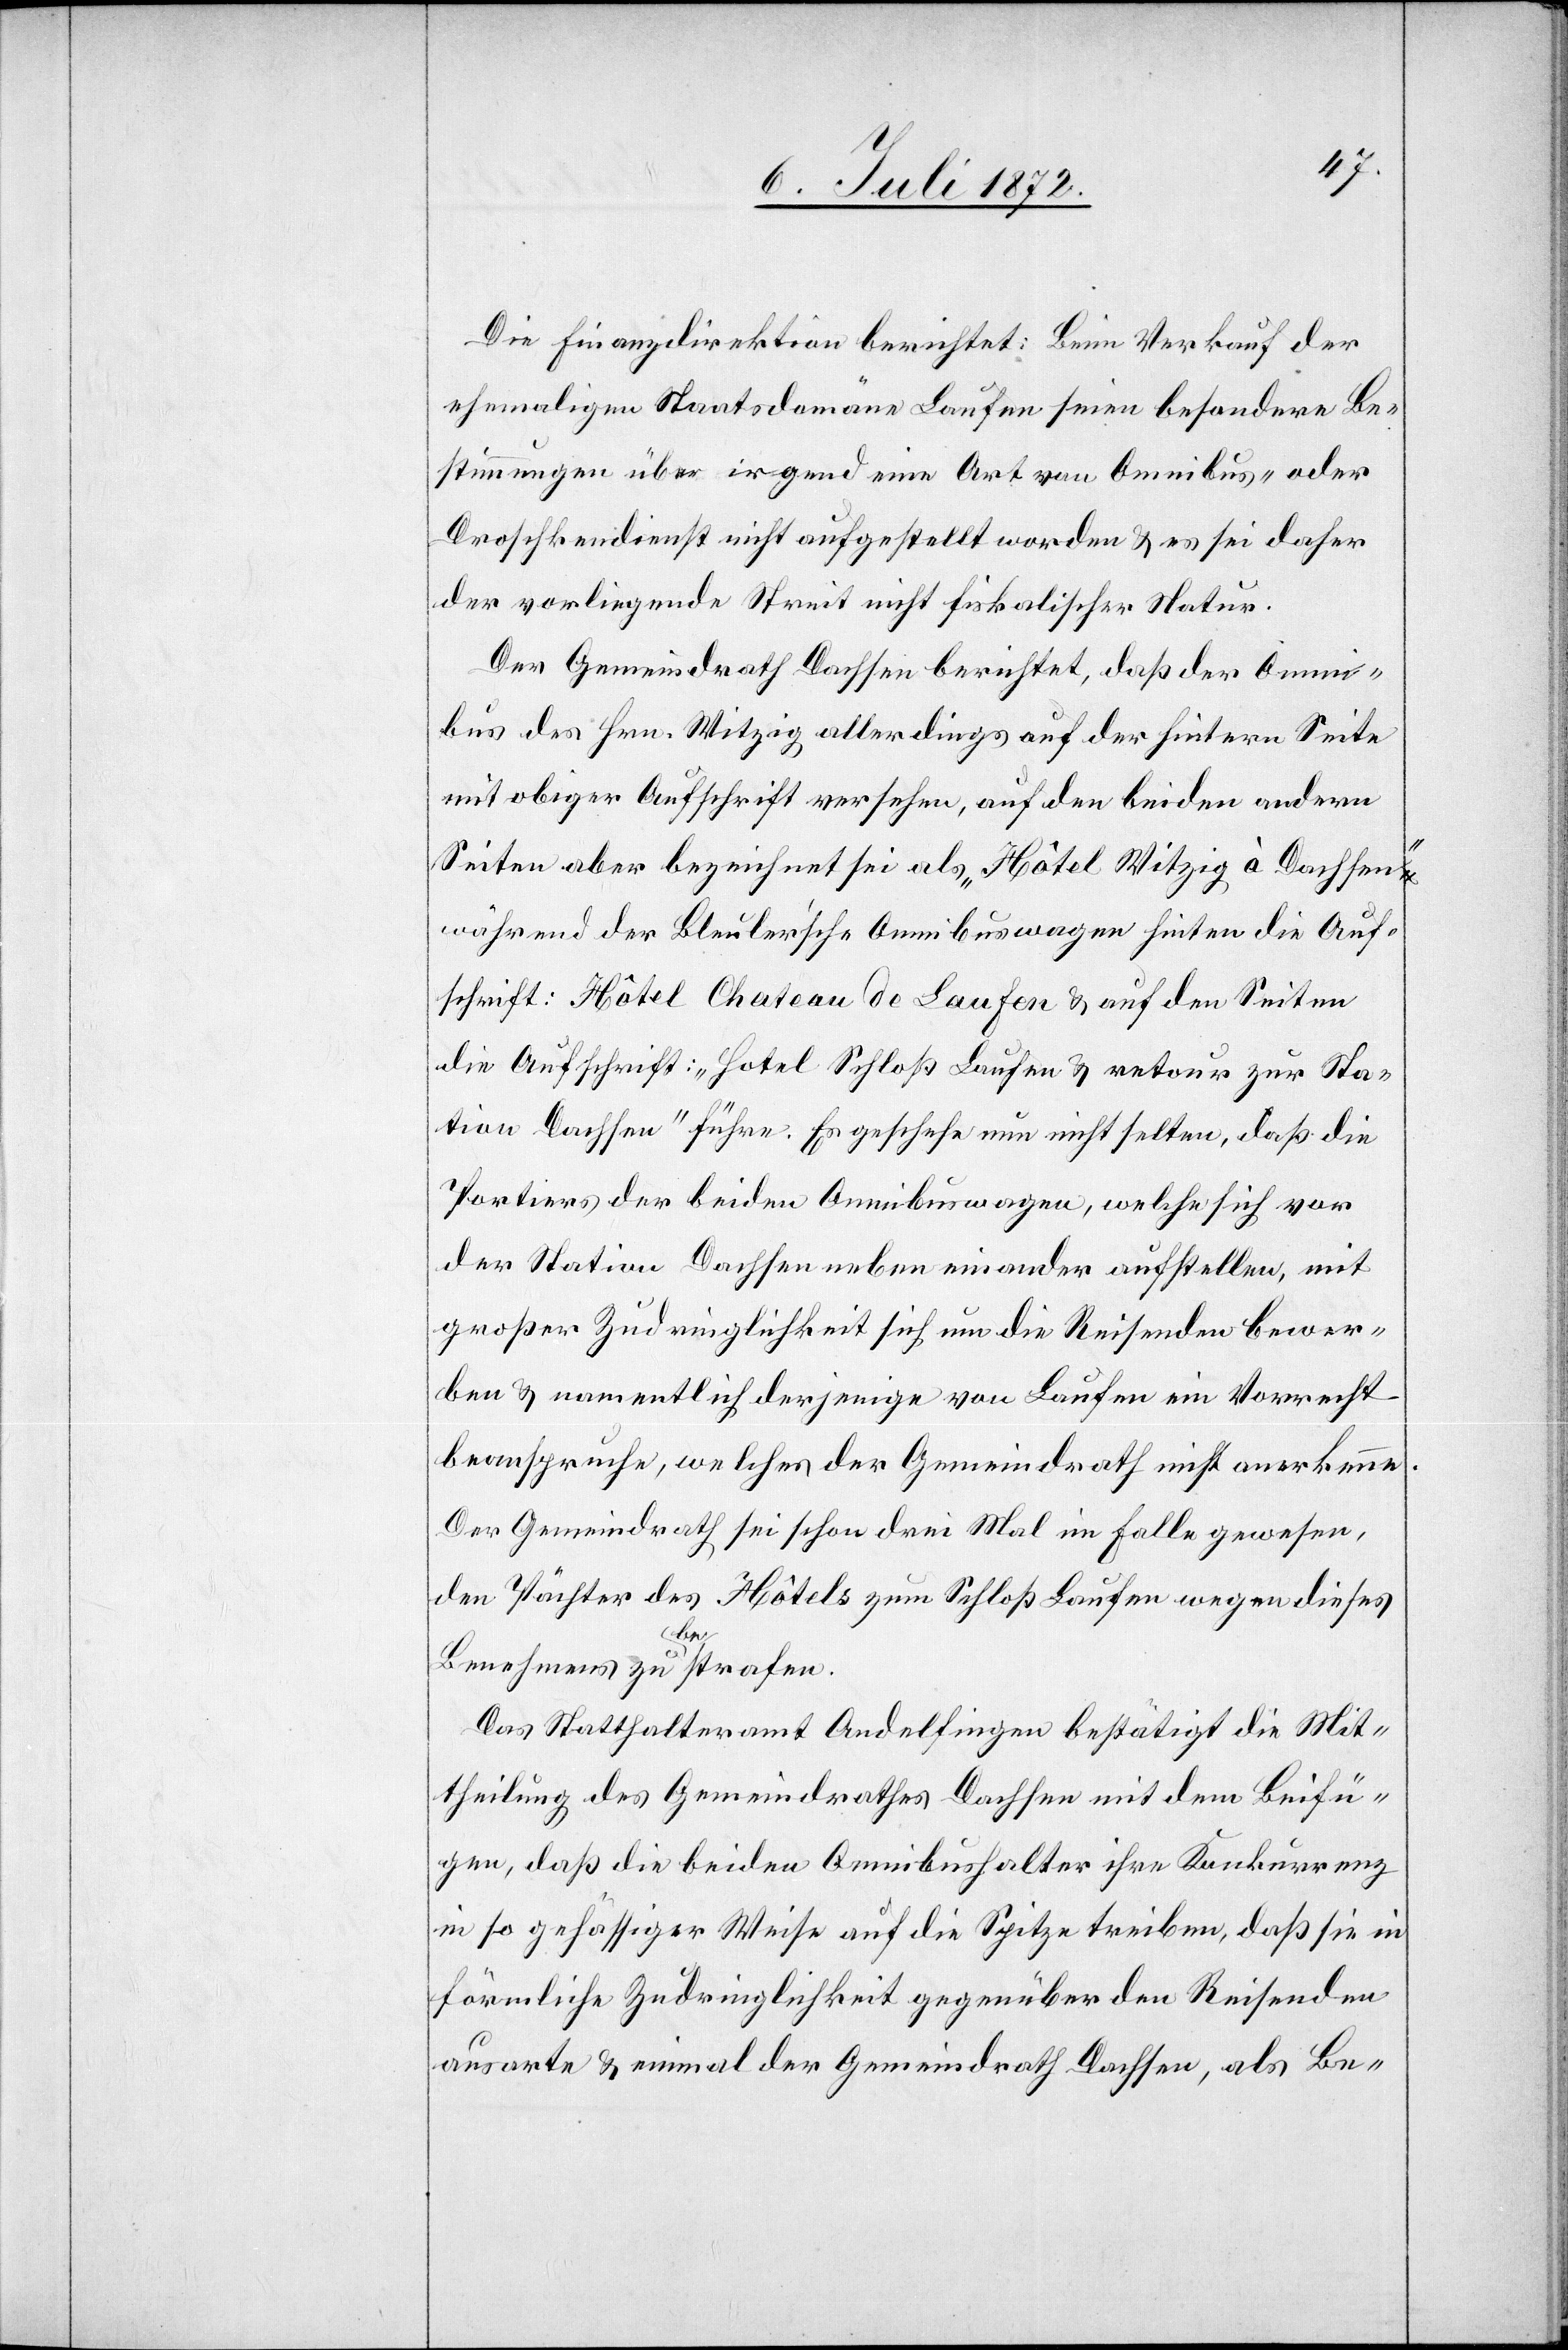
Die Finanzdirektion berichtet: Beim Verkauf der
ehemaligen Staatsdomänen Laufen seien besondere Be¬
stimmungen über irgend eine Art von Omnibus- oder
Droschkendienst nicht aufgestellt worden u. es sei daher
der vorliegende Streit nicht fiskalischer Natur.
Der Gemeindrath Dachsen berichtet, daß der Omni¬
bus des Hrn. Witzig allerdings auf der hintern Seite
mit obiger Aufschrift versehen, auf den beiden andern
Seiten aber bezeichnet sei als „Hôtel Witzig à Dachsen“
während der Bleuler’sche Omnibuswagen hinten die Auf¬
schrift: Hôtel Chateau de Laufen und auf den Seiten
die Aufschrift: „Hotel Schloß Laufen u. retour zur Sta¬
tion Dachsen“ führe. Es geschehen nun nicht selten, daß die
Portiers der beiden Omnibuswagen, welche sich vor
der Station Dachsen neben einander aufstellen, mit
großer Zudringlichkeit sich um die Reisenden bewer¬
ben u. namentlich derjenige von Laufen ein Vorrecht
beanspruche, welches der Gemeindrath nicht anerkenne.
Der Gemeindrath sei schon drei Mal im Falle gewesen,
den Pächter des Hôtels zum Schloß Laufen wegen dieses
Benehmens zu bestrafen.
Das Statthalteramt Andelfingen bestätigt die Mit¬
theilung des Gemeindrathes Dachsen mit dem Beifü¬
gen, daß die beiden Omnibushalter ihre Konkurrenz
in so gehässiger Weise auf die Spitze treiben, daß sie in
förmliche Zudringlichkeit gegenüber den Reisenden
ausarte u. einmal der Gemeindrath Dachsen, als Be-